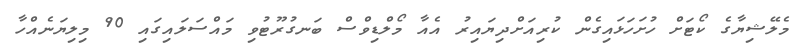
މެލޭޝިޔާގެ ކޯޓަށް ހުށަހަޅައިގެން ކުރިއަށްދިޔައިރު އެއާ މޯލްޑިވްސް ބަނގުރޫޓުވި މައްސަލައިގައި 90 މިލިޔަނެއްހާ